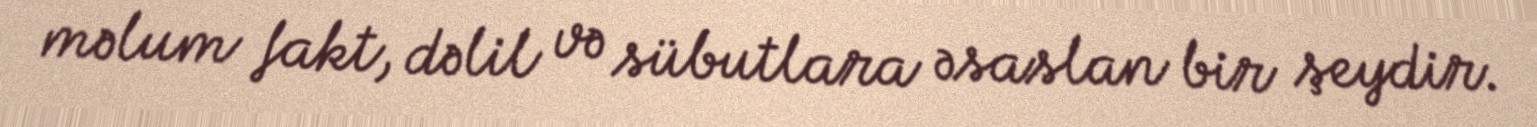
məlum fakt, dəlil və sübutlara əsaslan bir şeydir.